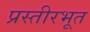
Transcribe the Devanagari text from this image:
प्रस्तीरभूत